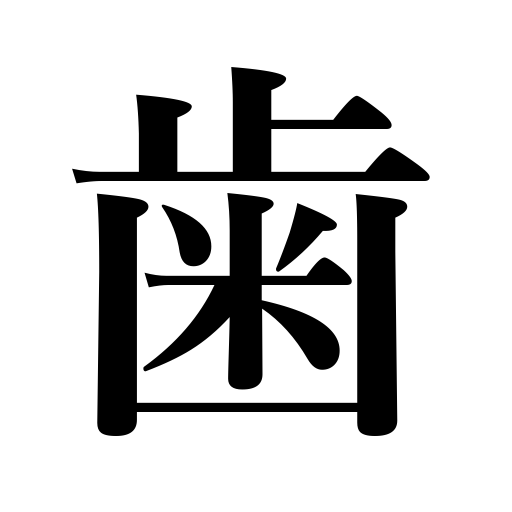
Meanings: dent,age,cog,tooth